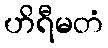
ဟိရီမတံ